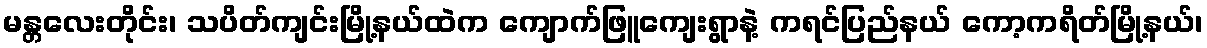
မန္တလေးတိုင်း၊ သပိတ်ကျင်းမြို့နယ်ထဲက ကျောက်ဖြူကျေးရွာနဲ့ ကရင်ပြည်နယ် ကော့ကရိတ်မြို့နယ်၊